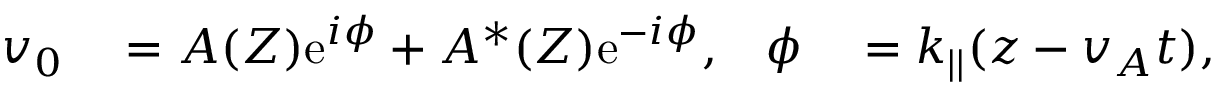
\begin{array} { r l r l } { v _ { 0 } } & { { } = A ( Z ) \mathrm { e } ^ { i \phi } + A ^ { * } ( Z ) \mathrm { e } ^ { - i \phi } , } & { \phi } & { { } = k _ { | | } ( z - v _ { A } t ) , } \end{array}